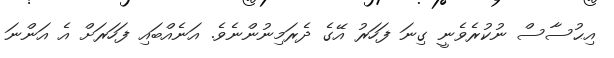
އިޙުސާސް ނުކުރެވެނީ ގިނަ ފަހަރު އޭގެ ދެރަމިނުންނެވެ. އަނެއްބައި ފަހަރަށް އެ އަންނަ